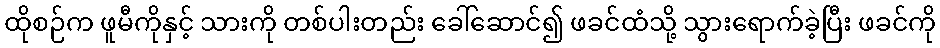
ထိုစဉ်က ဖူမီကိုနှင့် သားကို တစ်ပါးတည်း ခေါ်ဆောင်၍ ဖခင်ထံသို့ သွားရောက်ခဲ့ပြီး ဖခင်ကို